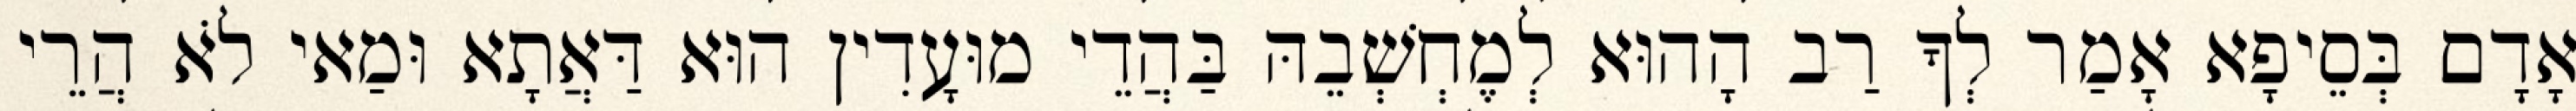
אָדָם בְּסֵיפָא אָמַר לְךָ רַב הָהוּא לְמֶחְשְׁבֵהּ בַּהֲדֵי מוּעָדִין הוּא דַּאֲתָא וּמַאי לֹא הֲרֵי